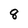
Character: 8